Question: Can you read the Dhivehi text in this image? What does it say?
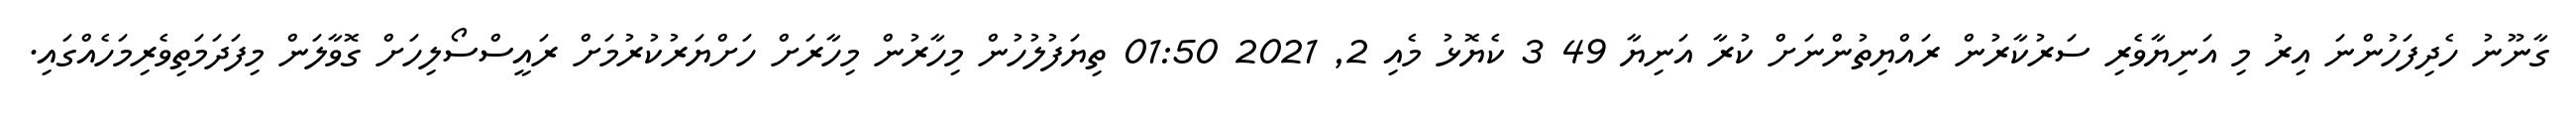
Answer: ގާނޫނު ހެދިފަހުންނަ އިރު މި އަނިޔާވެރި ސަރުކާރުން ރައްޔިތުންނަށް ކުރާ އަނިޔާ 49 3 ކެޔޮޅު މެއި 2, 2021 01:50 ތިޔަފުލުހުން މިހާރުން މިހާރަށް ހަށްޔަރުކުރުމަށް ރައީސްސޯލިހަށް ގޮވާލަން މިފަދަމަތިވެރިމަހެއްގައި.